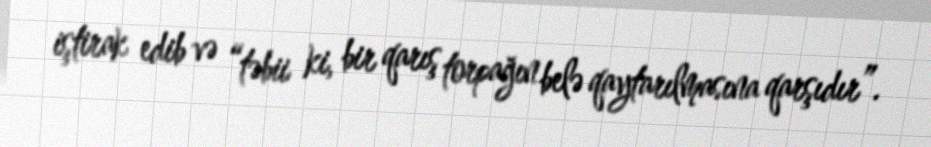
iştirak edib və “təbii ki, bir qarış torpağın belə qaytarılmasına qarşıdır”.